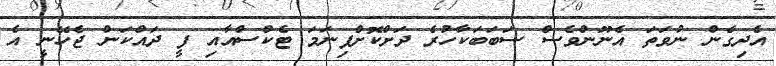
އެދިގެން ނުވަތަ އެނޫންވެސް ސަބަބަކާހުރެ ދަށްކޮށްފިނަމަ ޓެކްސްއާއި ފީ ދައްކަން ޖެހޭނީ އެ